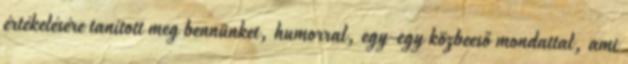
értékelésére tanított meg bennünket, humorral, egy-egy közbeeső mondattal, ami